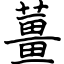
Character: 薑